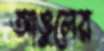
আঙুলের